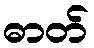
ဓာတ်